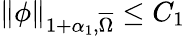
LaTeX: \| \phi\| _{1+\alpha_{1},\overline{{\Omega}}}\leq C_{1}